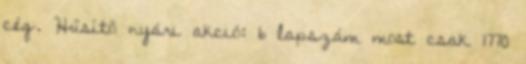
cég. Hűsítő nyári akció: 6 lapszám most csak 1770